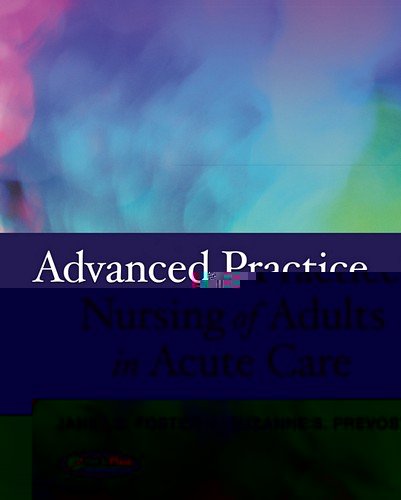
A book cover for Advanced Practice Nursing of Adults in Acute Care; Janet G. Whetstone Foster PhD  RN  CNS  CCRN; Medical Books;